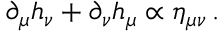
\partial _ { \mu } h _ { \nu } + \partial _ { \nu } h _ { \mu } \propto \eta _ { \mu \nu } \, .